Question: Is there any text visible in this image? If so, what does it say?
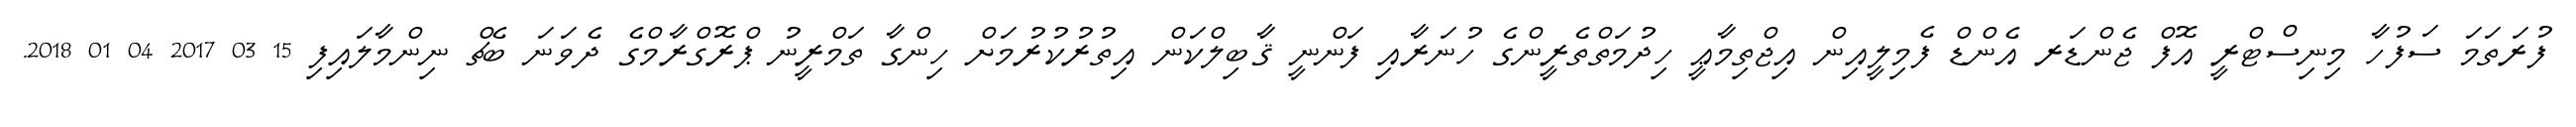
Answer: ފުރަތަމަ ސަފުހާ މިނިސްޓްރީ އޮފް ޖެންޑަރ އެންޑް ފެމިލީއިން އިޖްތިމާޢީ ހިދުމަތްތެރީންގެ ހުނަރާއި ފަންނީ ޤާބިލްކަން އިތުރުކުރުމަށް ހިންގާ ތަމްރީނު ޕްރޮގްރާމްގެ ދެވަނަ ބެޗް ނިންމާލައިފި 15 03 2017 04 01 2018.